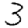
Digit: 3